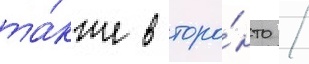
та́кже в торо́нто /